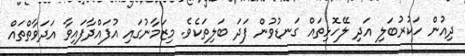
ދިއުން ހަކުރުބަލި އަދި ލޭހޮޅިތައް ގަނޑުވުން ފަދަ ބަލިތަކެވެ. މިޒަމާނުގައި އުފައްދާފައިވާ އަދަވާތްތައް